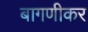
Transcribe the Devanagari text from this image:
बागणीकर